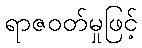
ရာဇဝတ်မှုဖြင့်